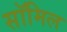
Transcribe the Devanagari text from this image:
सॉमिल